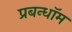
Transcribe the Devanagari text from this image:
प्रबन्धॉम